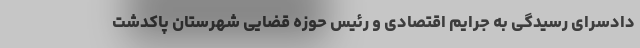
دادسرای رسیدگی به جرایم اقتصادی و رئیس حوزه قضایی شهرستان پاکدشت